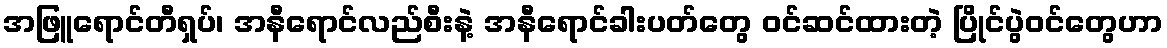
အဖြူရောင်တီရှပ်၊ အနီရောင်လည်စီးနဲ့ အနီရောင်ခါးပတ်တွေ ဝင်ဆင်ထားတဲ့ ပြိုင်ပွဲဝင်တွေဟာ